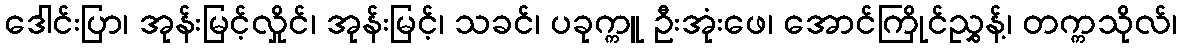
ဒေါင်းပြာ၊ အုန်းမြင့်လှိုင်၊ အုန်းမြင့်၊ သခင်၊ ပခုက္ကူ ဦးအုံးဖေ၊ အောင်ကြိုင်ညွှန့်၊ တက္ကသိုလ်၊